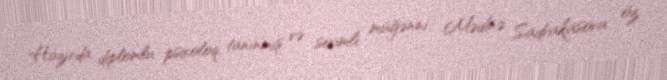
Hazırda diplomlu psixoloq, tanınmış və sevimli müğənni Mədinə Sadvakasova öz